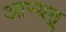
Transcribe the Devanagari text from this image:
आन्यत्र्